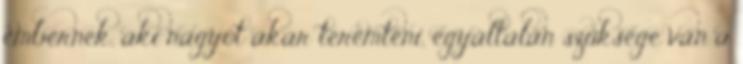
embernek, aki nagyot akar teremteni, egyáltalán szüksége van a